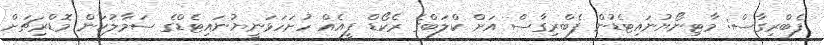
ފެބްރިގާސް: މާޓިނޯޔުނައިޓެޑުން ފެބްރިގާސް އަށް ކްލަބްގެ ރެކޯޑް ފީއެއް ހުށަހަޅަނީޔުނައިޓެޑްގެ ސަމާލުކަން މޮޑްރިޗަށް